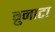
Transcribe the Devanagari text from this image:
ब्रुनाटा